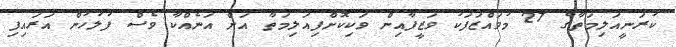
ކުރަނީއަލިމަތާގެ 27 މުވައްޒަފަކު ވަޒީފާއިން ވަކިކޮށްފިއަލިމަތާ އަށް އަނެއްކާ ވެސް ފުލުހުން އަރައިފި